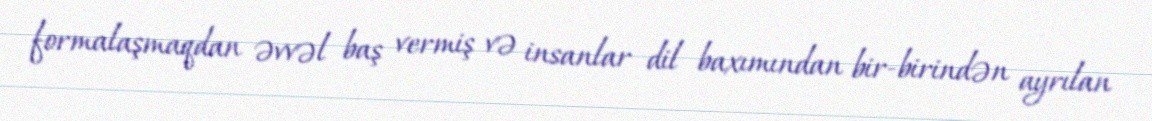
formalaşmaqdan əvvəl baş vermiş və insanlar dil baxımından bir-birindən ayrılan